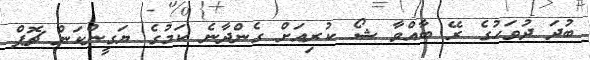
ބުދަ ދުވަހުގެ ރޭ ބާއްވާ ޝޯ ކުރިއަށް ގެންދާނެ ކަމުގެ ޔަގީންކަން ޗޮޕް